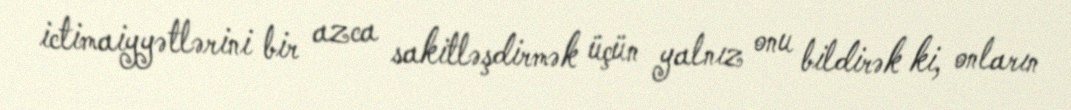
ictimaiyyətlərini bir azca sakitləşdirmək üçün yalnız onu bildirək ki, onların